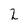
Character: 2